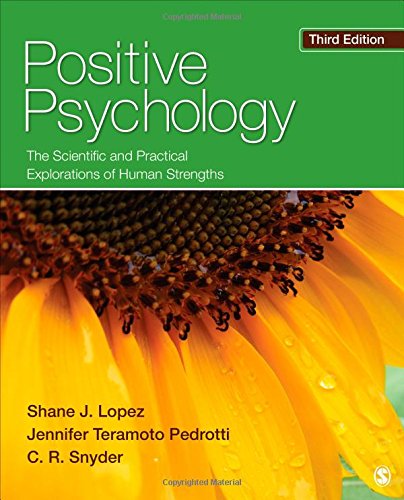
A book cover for Positive Psychology: The Scientific and Practical Explorations of Human Strengths; Shane J. Lopez; Medical Books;